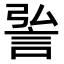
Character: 𮘆